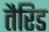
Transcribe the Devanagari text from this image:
तैरिड